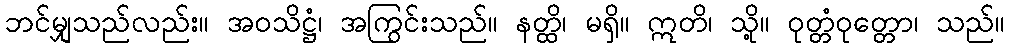
ဘင်မျှသည်လည်း။ အဝသိဋ္ဌံ၊ အကြွင်းသည်။ နတ္ထိ၊ မရှိ။ ဣတိ၊ သို့။ ဝုတ္တံဝုတ္တော၊ သည်။